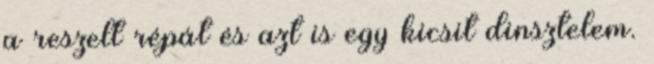
a reszelt répát és azt is egy kicsit dinsztelem.